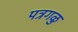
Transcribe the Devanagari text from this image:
पत्रगळु